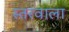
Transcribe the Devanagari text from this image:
स्तरवाला